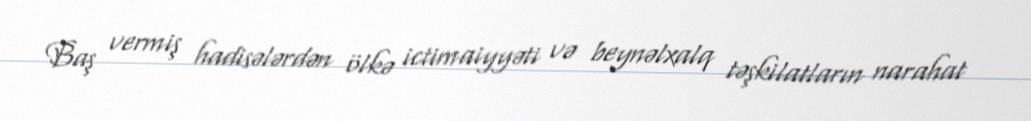
Baş vermiş hadisələrdən ölkə ictimaiyyəti və beynəlxalq təşkilatların narahat